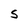
Character: S